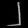
Digit: ၂